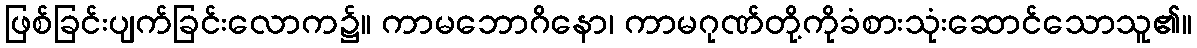
ဖြစ်ခြင်းပျက်ခြင်းလောက၌။ ကာမဘောဂိနော၊ ကာမဂုဏ်တို့ကိုခံစားသုံးဆောင်သောသူ၏။